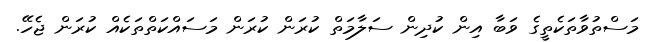
މަސްތުވާތަކެތީގެ ވަބާ އިން ކުދިން ސަލާމަތް ކުރަން ކުރަން މަސައްކަތްތަކެއް ކުރަން ޖެހޭ.